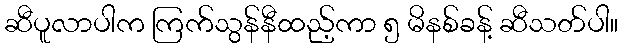
ဆီပူလာပါက ကြက်သွန်နီထည့်ကာ ၅ မိနစ်ခန့် ဆီသတ်ပါ။